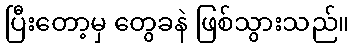
ပြီးတော့မှ တွေခနဲ ဖြစ်သွားသည်။